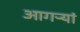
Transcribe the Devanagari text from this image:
आगऱ्यां